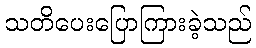
သတိပေးပြောကြားခဲ့သည်